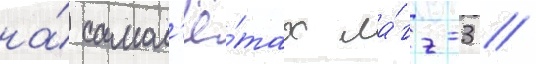
на́ самол'ё́тах ла́гг-3 //